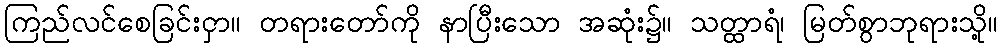
ကြည်လင်စေခြင်းငှာ။ တရားတော်ကို နာပြီးသော အဆုံး၌။ သတ္ထာရံ၊ မြတ်စွာဘုရားသို့။